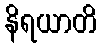
နိရယာတိ